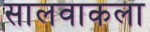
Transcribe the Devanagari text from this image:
सालवाकला